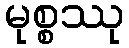
မုစ္စဿု